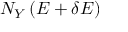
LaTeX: N _ { Y } \left( E + \delta E \right)